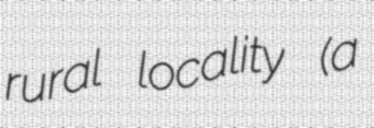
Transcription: rural locality (a